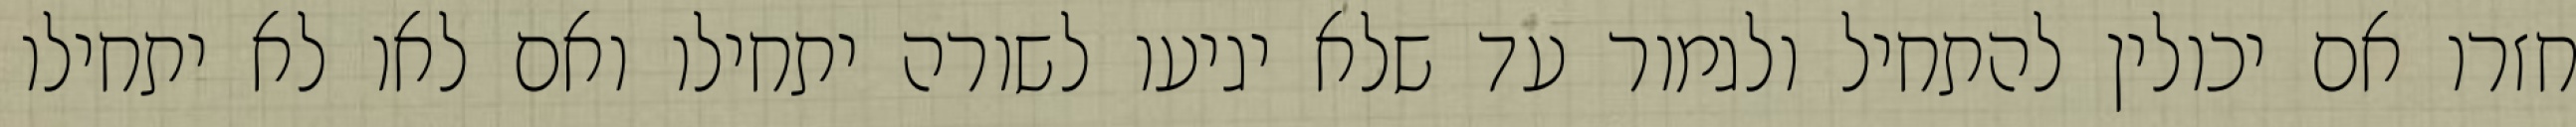
חזרו אם יכולין להתחיל ולגמור עד שלא יגיעו לשורה יתחילו ואם לאו לא יתחילו